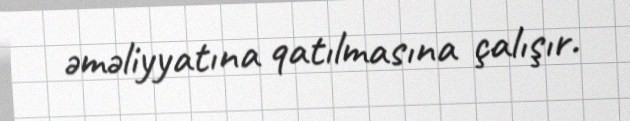
əməliyyatına qatılmasına çalışır.